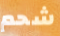
شحم